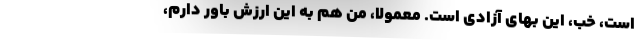
است، خب، این بهای آزادی است. معمولاً، من هم به این ارزش باور دارم،